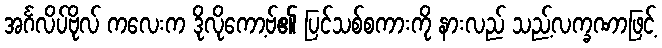
အင်္ဂလိပ်ဗိုလ် ကလေးက ဒိုလိုကော့ဗ်၏ ပြင်သစ်စကားကို နားလည် သည့်လက္ခဏာဖြင့်